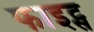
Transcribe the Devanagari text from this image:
फाइट्स